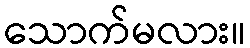
သောက်မလား။